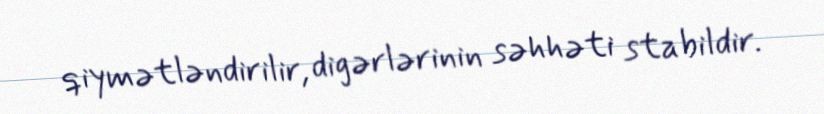
qiymətləndirilir, digərlərinin səhhəti stabildir.